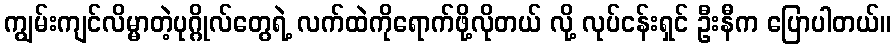
ကျွမ်းကျင်လိမ္မာတဲ့ပုဂ္ဂိုလ်တွေရဲ့ လက်ထဲကိုရောက်ဖို့လိုတယ် လို့ လုပ်ငန်းရှင် ဦးနီက ပြောပါတယ်။